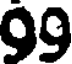
99